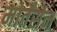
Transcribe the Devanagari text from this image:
मोर्तेंसेन